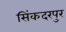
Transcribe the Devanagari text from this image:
सिंकदरपुर